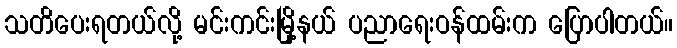
သတိပေးရတယ်လို့ မင်းကင်းမြို့နယ် ပညာရေးဝန်ထမ်းက ပြောပါတယ်။